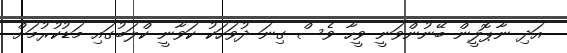
އަދި ނާޕޮލީން ބޭނުންވަނީ ވީހާ ވެސް ގިނަ ދުވަހަކު ކަވާނީ ކްލަބުގައި މަޑުކުރުމަށް